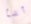
أشأ